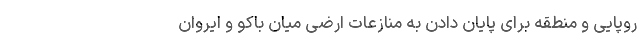
روپایی و منطقه برای پایان دادن به منازعات ارضی میان باکو و ایروان